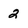
Character: 2